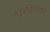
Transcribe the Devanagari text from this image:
घरधन्याने